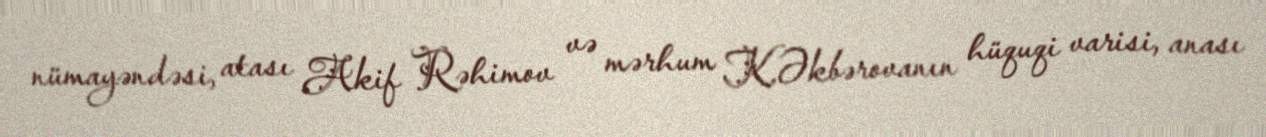
nümayəndəsi, atası Akif Rəhimov və mərhum K.Əkbərovanın hüquqi varisi, anası